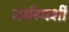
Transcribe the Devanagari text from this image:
मर्मस्‍पर्शी